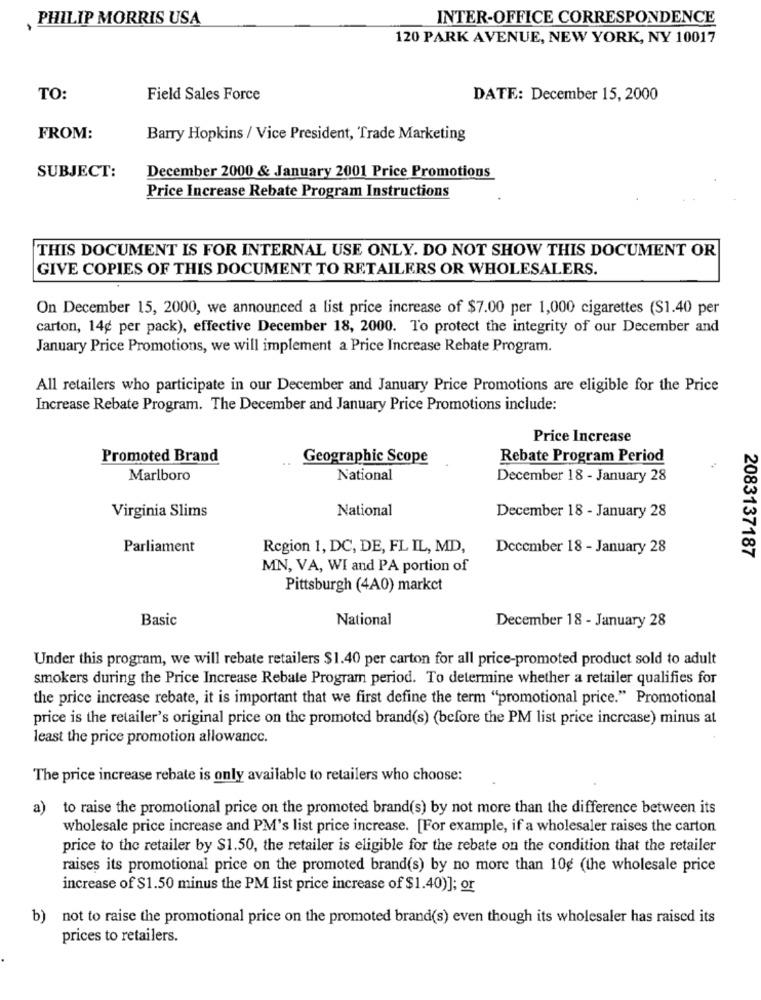
PHILIP MORRIS USA
INTER-OFFICE CORRESPONDENCE
120 PARK AVENUE, NEW YORK, NY 10017
TO:
Field Sales Force
DATE: December 15, 2000
FROM:
Barry Hopkins / Vice President, Trade Marketing
December 2000 & January 2001 Price Promotions
SUBJECT:
Price Increase Rebate Program Instructions
THIS DOCUMENT IS FOR INTERNAL USE ONLY. DO NOT SHOW THIS DOCUMENT OR
GIVE COPIES OF THIS DOCUMENT TO RETAILERS OR WHOLESALERS.
On December 15, 2000, we announced a list price increase of $7.00 per 1,000 cigarettes (S1.40 per
carton, 14¢ per pack), effective December 18, 2000. To protect the integrity of our December and
January Price Promotions, we will implement a Price Increase Rebate Program.
All retailers who participate in our December and January Price Promotions are eligible for the Price
Increase Rebate Program. The December and January Price Promotions include:
Price Increase
Promoted Brand
Geographic Scope
Rebate Program Period
Marlboro
National
December 18 - January 28
Virginia Slims
National
December 18 - January 28
Parliament
Region 1, DC, DE, FL IL, MD,
December 18 - January 28
2083137187
MN, VA, WI and PA portion of
Pittsburgh (4A0) market
Basic
National
December 18 - January 28
Under this program, we will rebate retailers $1.40 per carton for all price-promoted product sold to adult
smokers during the Price Increase Rebate Program period. To determine whether a retailer qualifies for
the price increase rebate, it is important that we first define the term "promotional price." Promotional
price is the retailer's original price on the promoted brand(s) (before the PM list price increase) minus at
least the price promotion allowance.
The price increase rebate is only available to retailers who choose:
a) to raise the promotional price on the promoted brand(s) by not more than the difference between its
wholesale price increase and PM's list price increase. [For example, if a wholesaler raises the carton
price to the retailer by $1.50, the retailer is eligible for the rebate on the condition that the retailer
raises its promotional price on the promoted brand(s) by no more than 10g (the wholesale price
increase of $1.50 minus the PM list price increase of $1.40)]; or
b) not to raise the promotional price on the promoted brand(s) even though its wholesaler has raised its
prices to retailers.